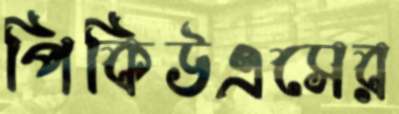
পিকিউএসের